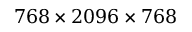
7 6 8 \times 2 0 9 6 \times 7 6 8